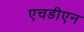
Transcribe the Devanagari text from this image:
एचडीएन